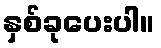
နှစ်ခုပေးပါ။